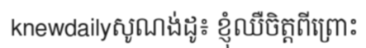
knewdailyសូណង់ដូ៖ ខ្ញុំឈឺចិត្តពីព្រោះ